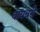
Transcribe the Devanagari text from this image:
वायबरी